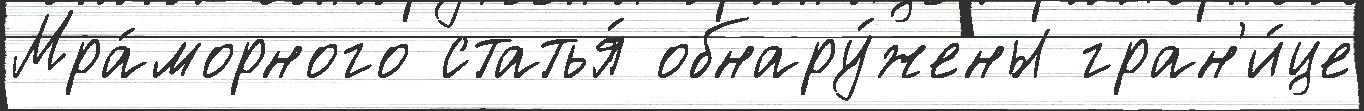
Мра́морного статья́ обнару́жены гран'и́це